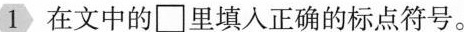
1在文中\Box里填入正确的标点符号。